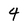
Character: 4